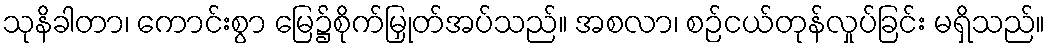
သုနိခါတာ၊ ကောင်းစွာ မြေ၌စိုက်မြှုတ်အပ်သည်။ အစလာ၊ စဉ်ငယ်တုန်လှုပ်ခြင်း မရှိသည်။